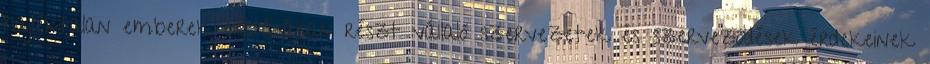
hajléktalan emberek ellátásában részt vállaló szervezetek és szerveződések érdekeinek